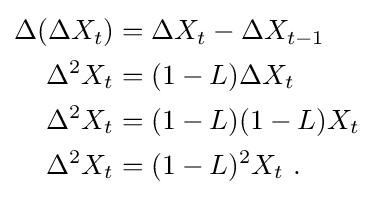
{\begin{aligned}\Delta (\Delta X_{t})&=\Delta X_{t}-\Delta X_{t-1}\\\Delta ^{2}X_{t}&=(1-L)\Delta X_{t}\\\Delta ^{2}X_{t}&=(1-L)(1-L)X_{t}\\\Delta ^{2}X_{t}&=(1-L)^{2}X_{t}~.\end{aligned}}